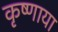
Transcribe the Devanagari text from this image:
कृष्णाया